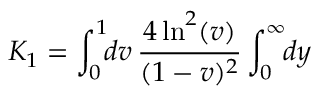
{ \cal K } _ { 1 } = \int _ { 0 } ^ { 1 } \! \! d v \, { \frac { 4 \ln ^ { 2 } ( v ) } { ( 1 - v ) ^ { 2 } } } \int _ { 0 } ^ { \infty } \! \! d y